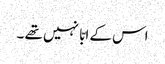
اس کے ابّا نہیں تھے ۔